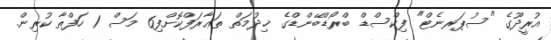
އުރީދޫގެ "ސުޕަރނެޓް" ފިކްސްޑް ބްރޯޑްބޭންޑްގެ ޚިދުމަތް ތަޢާރަފްކޮށްފި6 މަސް 1 ހަފްތާ ކުރިން.